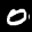
Label: 0